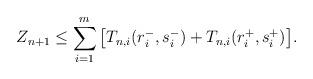
LaTeX: \begin{align*}Z_{n+1}\leq \sum_{i=1}^m\big[T_{n,i}(r_i^-,s_i^-)+T_{n,i}(r_i^+,s_i^+)\big].\end{align*}